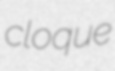
cloque